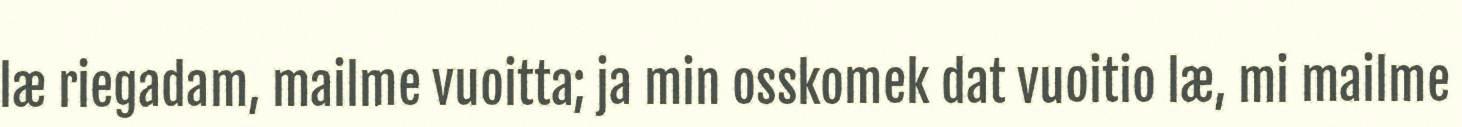
læ riegadam, mailme vuoitta; ja min osskomek dat vuoitio læ, mi mailme